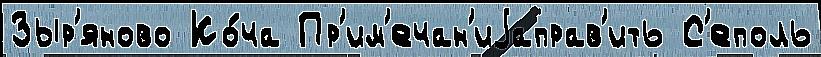
Зыр'яново Ко́ча Пр'им'ечан'иjаправ'ить С'еполь